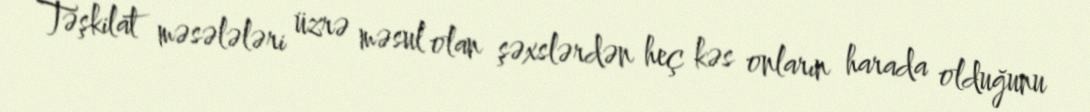
Təşkilat məsələləri üzrə məsul olan şəxslərdən heç kəs onların harada olduğunu